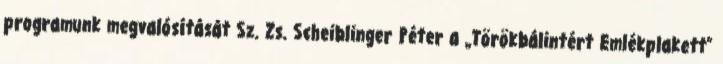
programunk megvalósítását Sz. Zs. Scheiblinger Péter a „Törökbálintért Emlékplakett”